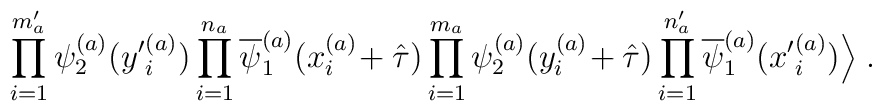
\prod_{i=1}^{m^\prime_a} \psi^{(a)}_2({y^\prime}_i^{(a)})\prod_{i=1}^{n_a} \overline{\psi}^{(a)}_1(x_i^{(a)}\!+ \hat{\tau})\prod_{i=1}^{m_a} \psi^{(a)}_2(y_i^{(a)}\!+ \hat{\tau})\prod_{i=1}^{n^\prime_a} \overline{\psi}^{(a)}_1({x^\prime}^{(a)}_i)\Big \rangle \; .